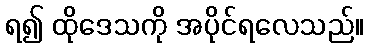
ရ၍ ထိုဒေသကို အပိုင်ရလေသည်။